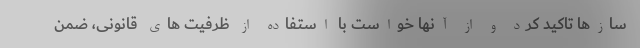
سازها تاکید کرد و از آنها خواست با استفاده از ظرفیت های قانونی، ضمن